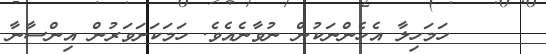
٦     ހަމަހިލާ އެހެންނަކުން ނުވާނެއެވެ. ހަމަކަށަވަރުން އިންސާނާ